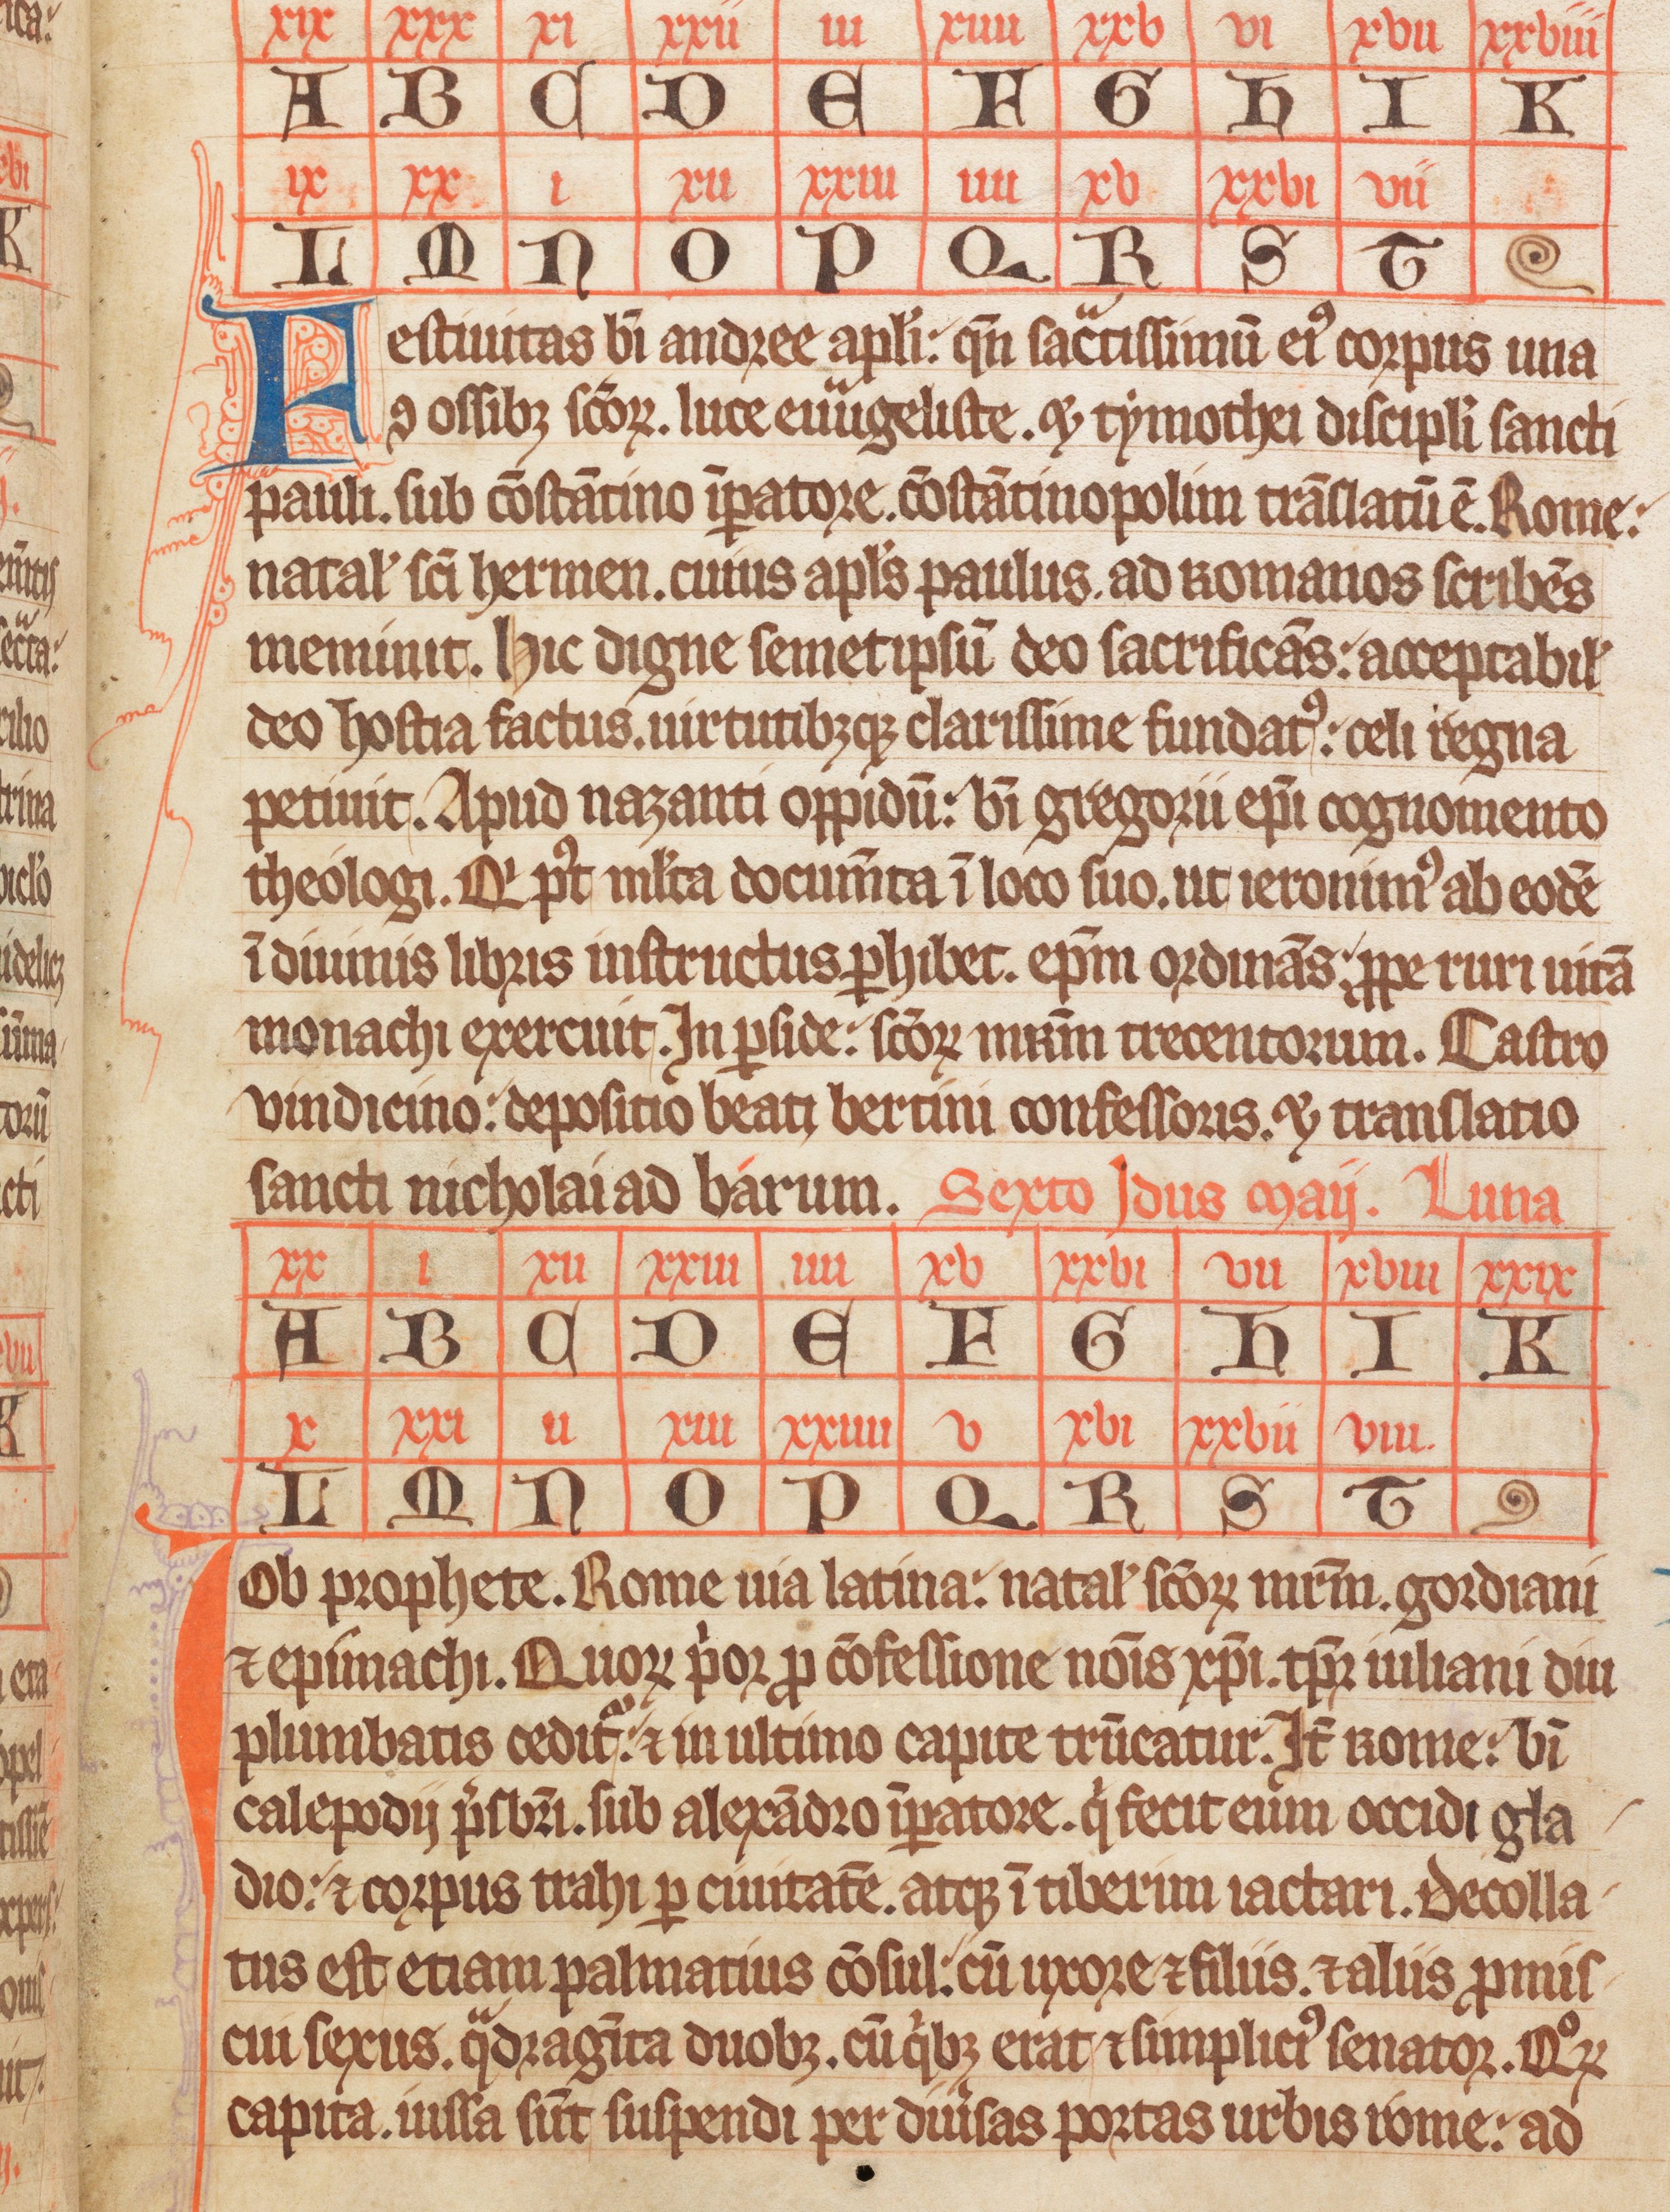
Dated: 1338–1338